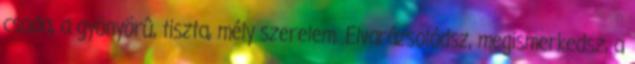
csoda, a gyönyörû, tiszta, mély szerelem. Elvarázsolódsz, megismerkedsz, a